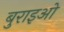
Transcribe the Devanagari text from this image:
बुराइओ